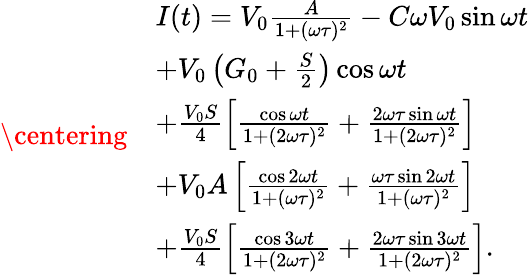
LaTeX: \centering\begin{array}{rl}&{I(t)=V_{0}\frac{A}{1+(\omega\tau)^{2}}-C\omega V_{0}\sin{\omega t}}\\ &{+V_{0}\left(G_{0}+\frac{S}{2}\right)\cos{\omega t}}\\ &{+\frac{V_{0}S}{4}\left[\frac{\cos{\omega t}}{1+(2\omega\tau)^{2}}+\frac{2\omega\tau\sin{\omega t}}{1+(2\omega\tau)^{2}}\right]}\\ &{+V_{0}A\left[\frac{\cos{2\omega t}}{1+(\omega\tau)^{2}}+\frac{\omega\tau\sin{2\omega t}}{1+(\omega\tau)^{2}}\right]}\\ &{+\frac{V_{0}S}{4}\left[\frac{\cos{3\omega t}}{1+(2\omega\tau)^{2}}+\frac{2\omega\tau\sin{3\omega t}}{1+(2\omega\tau)^{2}}\right].}\end{array}